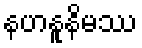
နဟနူနိမဿ